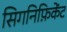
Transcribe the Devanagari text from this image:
सिगनिफ़िकेंट